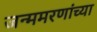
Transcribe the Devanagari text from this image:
जन्ममरणांच्या